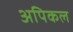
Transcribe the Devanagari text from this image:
अपिकल